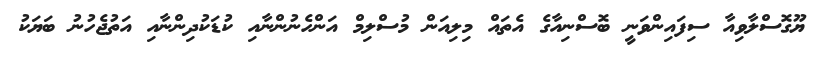
ޔޫގޮސްލާވިއާ ސިފައިންވަނީ ބޮސްނިއާގެ އެތައް މިލިއަން މުސްލިމް އަންހެނުންނާއި ކުޑަކުދިންނާއި އަތުޖެހުނު ބަޔަކު